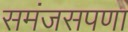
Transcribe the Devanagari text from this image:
समंजसपणा